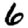
Digit: 6